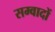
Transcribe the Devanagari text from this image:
सम्वादों